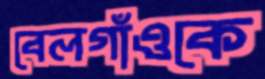
বেলগাঁওকে